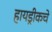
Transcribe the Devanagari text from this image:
हायड्रीकचे